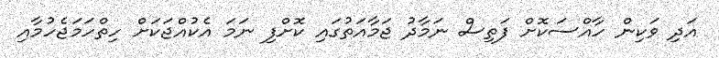
އަދި ވަކިން ހާއްސަކޮށް ފަތިސް ނަމާދު ޖަމާއަތުގައި ކޮށްފި ނަމަ އެކުއްޖަކަށް ހިތްހަމަޖެހުމާއި